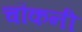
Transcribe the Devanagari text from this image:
चौकनी